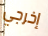
إخرجي